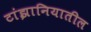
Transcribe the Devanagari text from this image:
टांझानियातील